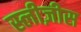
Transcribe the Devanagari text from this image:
स्लीज़ीस